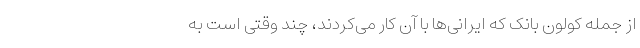
از جمله کولون بانک که ایرانی‌ها با آن کار می‌کردند، چند وقتی است به